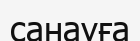
санауға